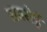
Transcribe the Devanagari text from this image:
रावरोई